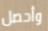
وأحصل